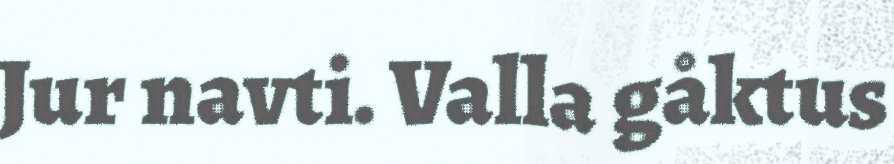
Jur navti. Valla gåktus